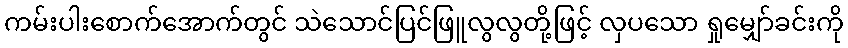
ကမ်းပါးစောက်အောက်တွင် သဲသောင်ပြင်ဖြူလွလွတို့ဖြင့် လှပသော ရှုမျှော်ခင်းကို